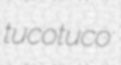
tucotuco